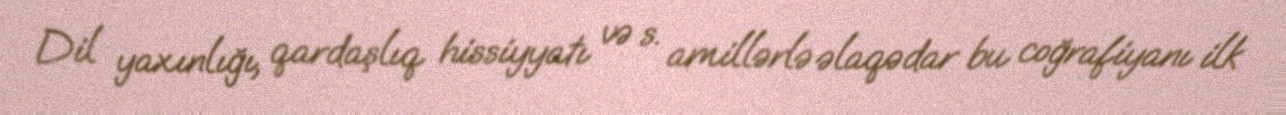
Dil yaxınlığı, qardaşlıq hissiyyatı və s. amillərlə əlaqədar bu coğrafiyanı ilk